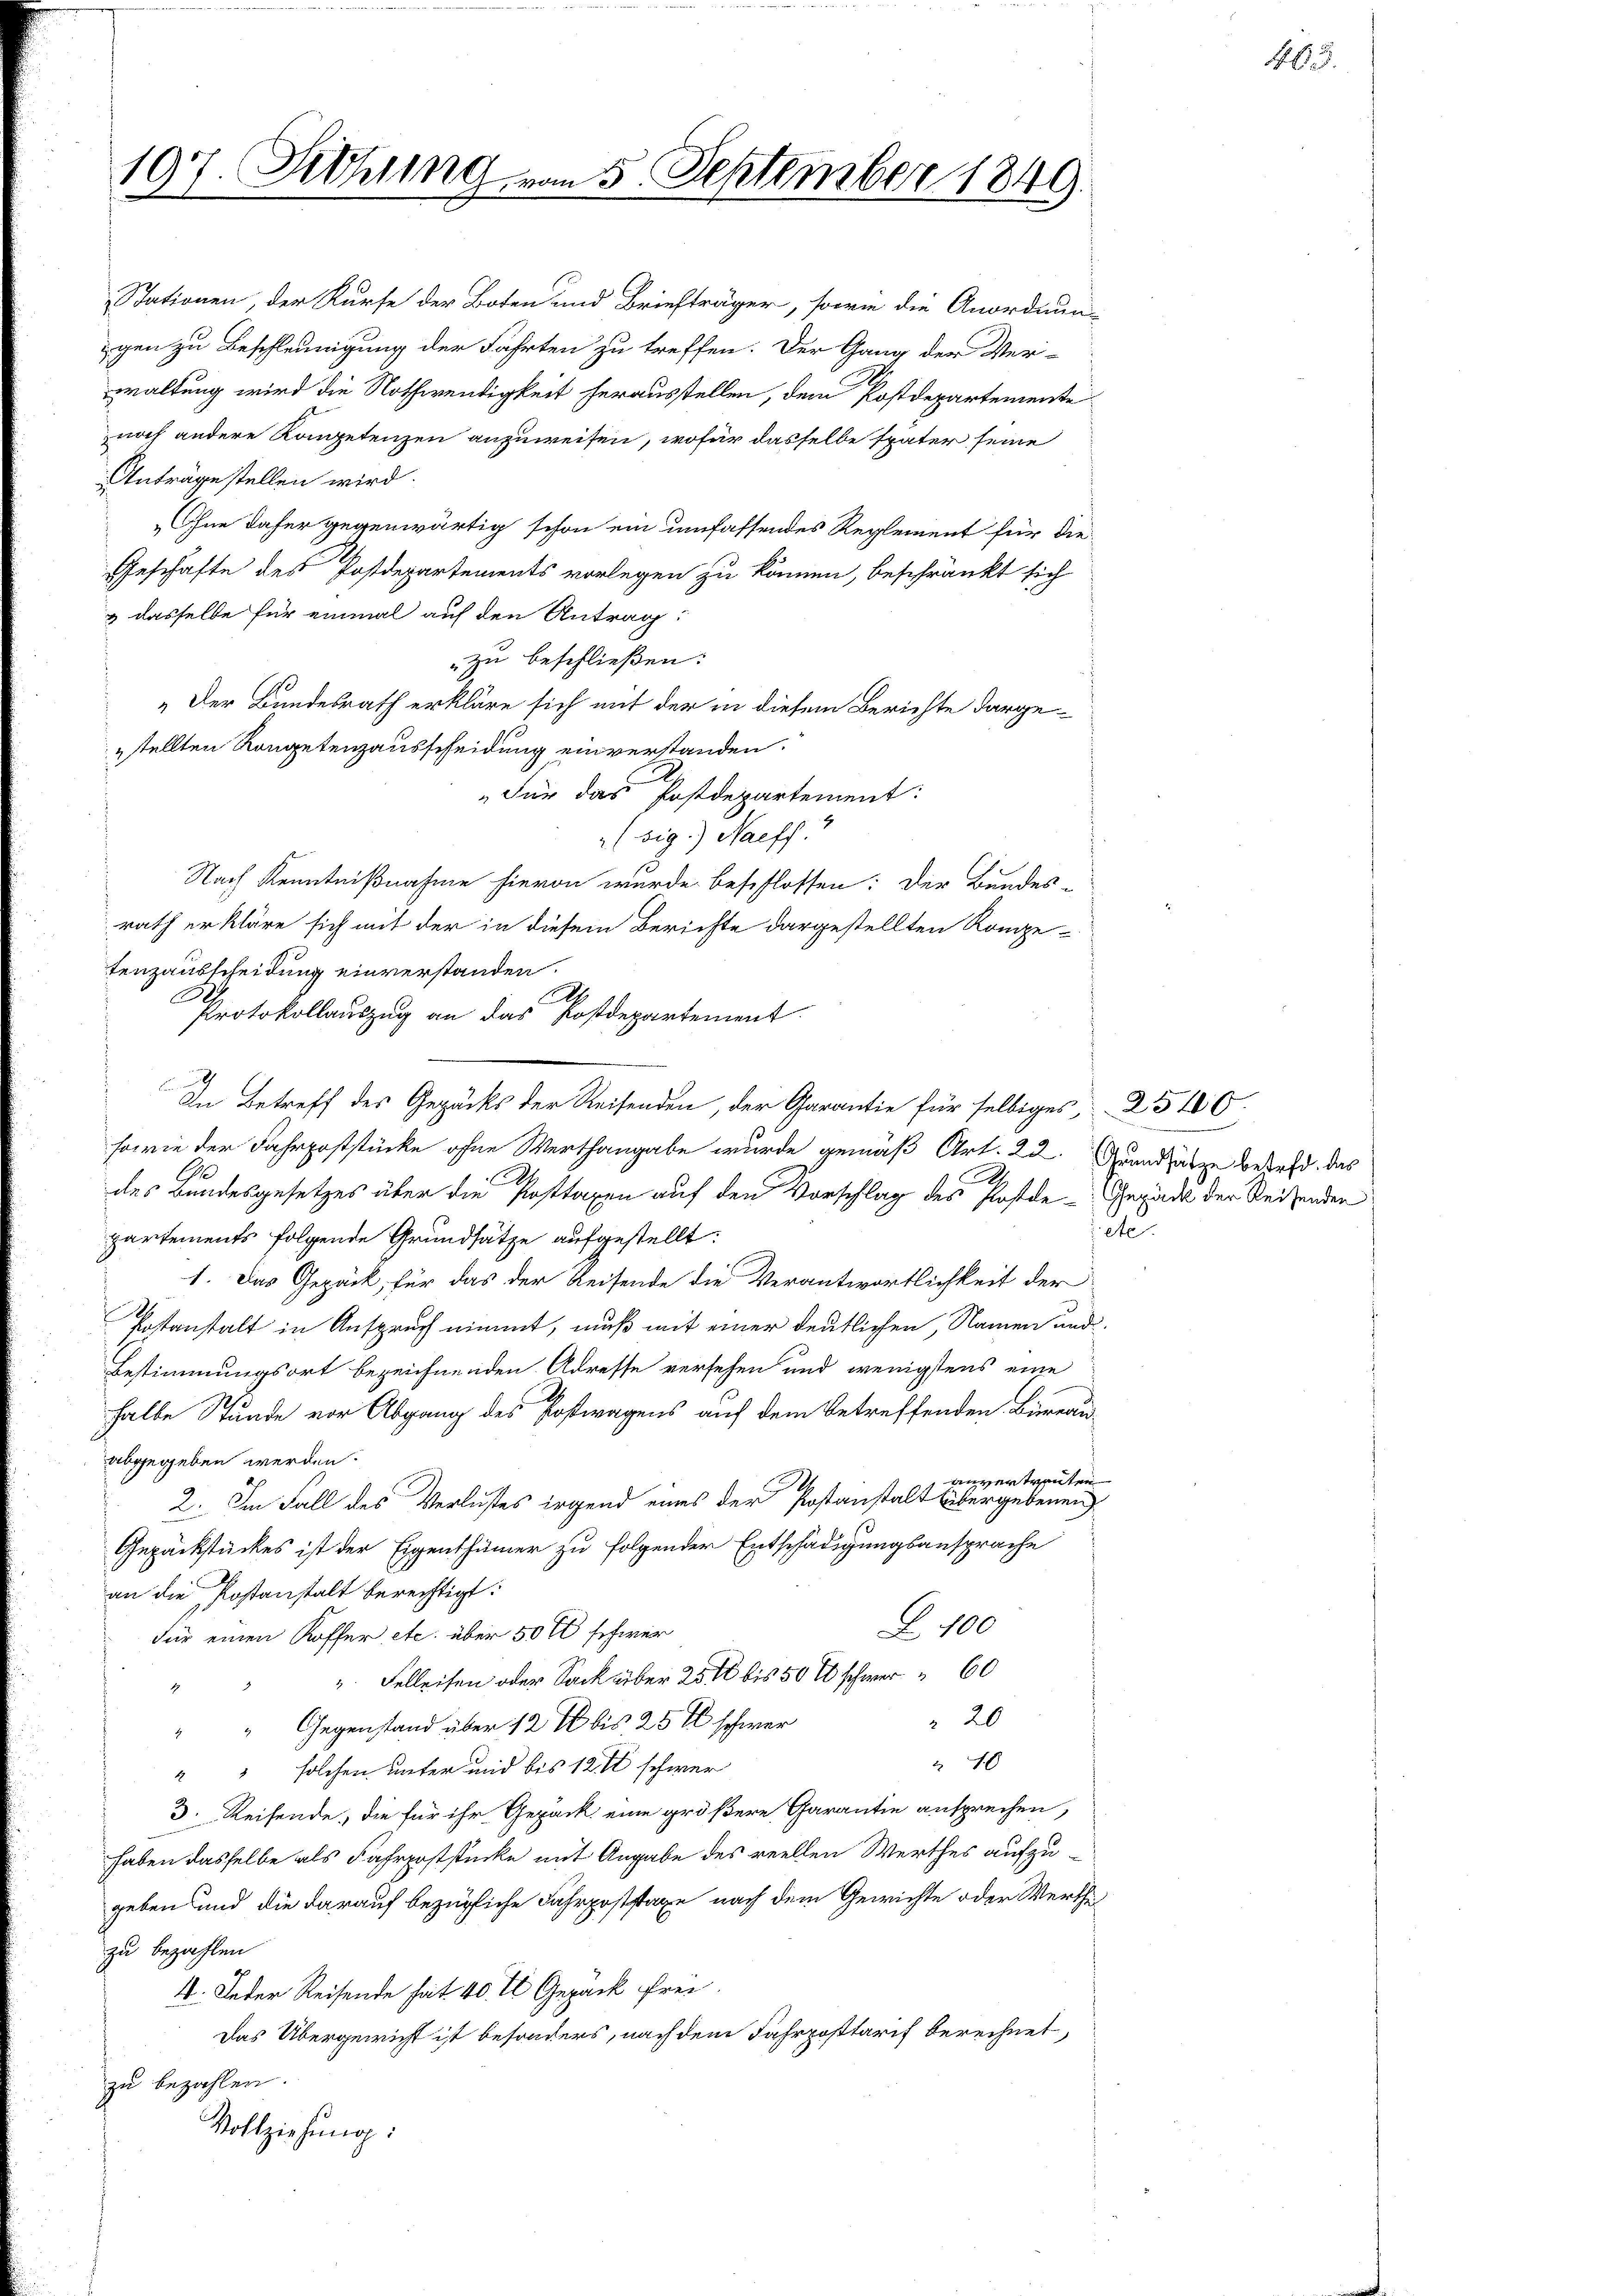
197. Sehling vom 5. September 1849

„Der Bundesrath erkläre sich mit der in diesem Berichte dargestellten Kongetenzausscheidung einverstanden.
Für das Postdepartement:
(sig.) Naeff.
Nach Kenntnißnahme hievon wurde beschlossen: Der Bundes-
rath erkläre sich mit der in diesem Berichte dargestellten Kompe-
tenzausscheidung einverstanden.
e
A
Protokollauszug an das Postdepartement
9
In Betreff des Gepäcks der Reisenden, der Garantie für selbiges,
sowie der Fahrpoststücke ohne Werthangabe wurde gemäß Art. 22. Grundsätze behaft, das
A
A
des Bundesgesetzes über die Posttaxen auf den Vorschlag des Postde-Gepäck der Reisenden
partements folgende Grundsätze aufgestellt:
1. Das Gepäck, für das der Reisende die Verantwortlichkeit der
Postanstalt in Anspruch nimmt, muß mit einer deutlichen, Namen und
Bestimmungsort bezeichnenden Adresse versehen und wenigstens eine
halbe Stunde vor Abgang des Postwagens auf dem betreffenden Bureau-
abgegeben werden.
anvertrauten
.
2. Im Fall des Verlustes irgend eines der Postanstalt übergebenen
Gepäckstückes ist der Eigenthümer zu folgender Entschädigungsansprache
an die Kostanstalt berechtigt:
Z. 100
Für einen Koffer etc. über 50 fl schwer
 Felleiten oder Sack über 25% bis 50 % schwer 60
1
20
" " Gegenstand über 12 % bis 25 t schwer
240
"" solchen unter und bis 12 fl schwer
3. Reisende, die für ihr Gepäck eine größere Garantie ansprechen,
haben dasselbe als Fahrpoststücke mit Angabe des reellen Werthes aufzugeben und die darauf bezügliche Fahrpoststage nach dem Gewichte oder Werthzu bezahlen.
4. Jeder Reisende hat 40. fl Gepäck frei.
Das Übergewicht ist besonders, nach dem Fahrposttarif berechnet,
zu bezahlen.
Vollziehung:

Stationen, der Kurse der Boten und Briefträger, sowie die Anordnun-
gen zu Beschleunigung der Fahrten zu treffen. Der Gang der Ver-
waltung wird die Nothwendigkeit herausstellen, dem Postdepartemente
noch andere Kompetenzen anzuweisen, wofür dasselbe später seine
Anträge stellen wird.
Ohne daher gegenwärtig schon ein umfassendes Reglement für die
Geschäfte des Postdepartements vorlegen zu können, beschränkt sich
& dasselbe für einmal auf den Antrag:
zu beschließen:

jet.

2540.

465.